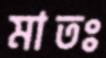
মাতঃ